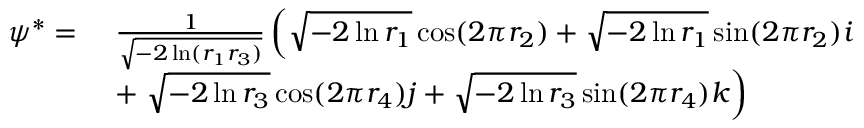
\begin{array} { r l } { \boldsymbol { \psi } ^ { * } = \ } & { \frac { 1 } { \sqrt { - 2 \ln ( r _ { 1 } r _ { 3 } ) } } \left( \sqrt { - 2 \ln r _ { 1 } } \cos ( 2 \pi r _ { 2 } ) + \sqrt { - 2 \ln r _ { 1 } } \sin ( 2 \pi r _ { 2 } ) \boldsymbol { i } \right. } \\ & { + \left. \sqrt { - 2 \ln r _ { 3 } } \cos ( 2 \pi r _ { 4 } ) \boldsymbol { j } + \sqrt { - 2 \ln r _ { 3 } } \sin ( 2 \pi r _ { 4 } ) \boldsymbol { k } \right) } \end{array}